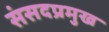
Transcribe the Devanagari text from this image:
संसदप्रमुख